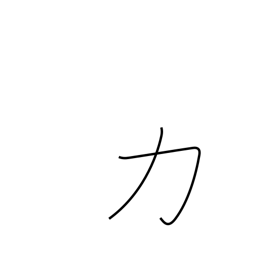
Meaning: bear up